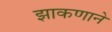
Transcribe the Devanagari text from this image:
झाकणाने